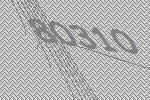
80310